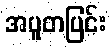
အပူတပြင်း